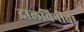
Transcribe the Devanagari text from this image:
दालचिनीचा